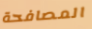
المصافحة